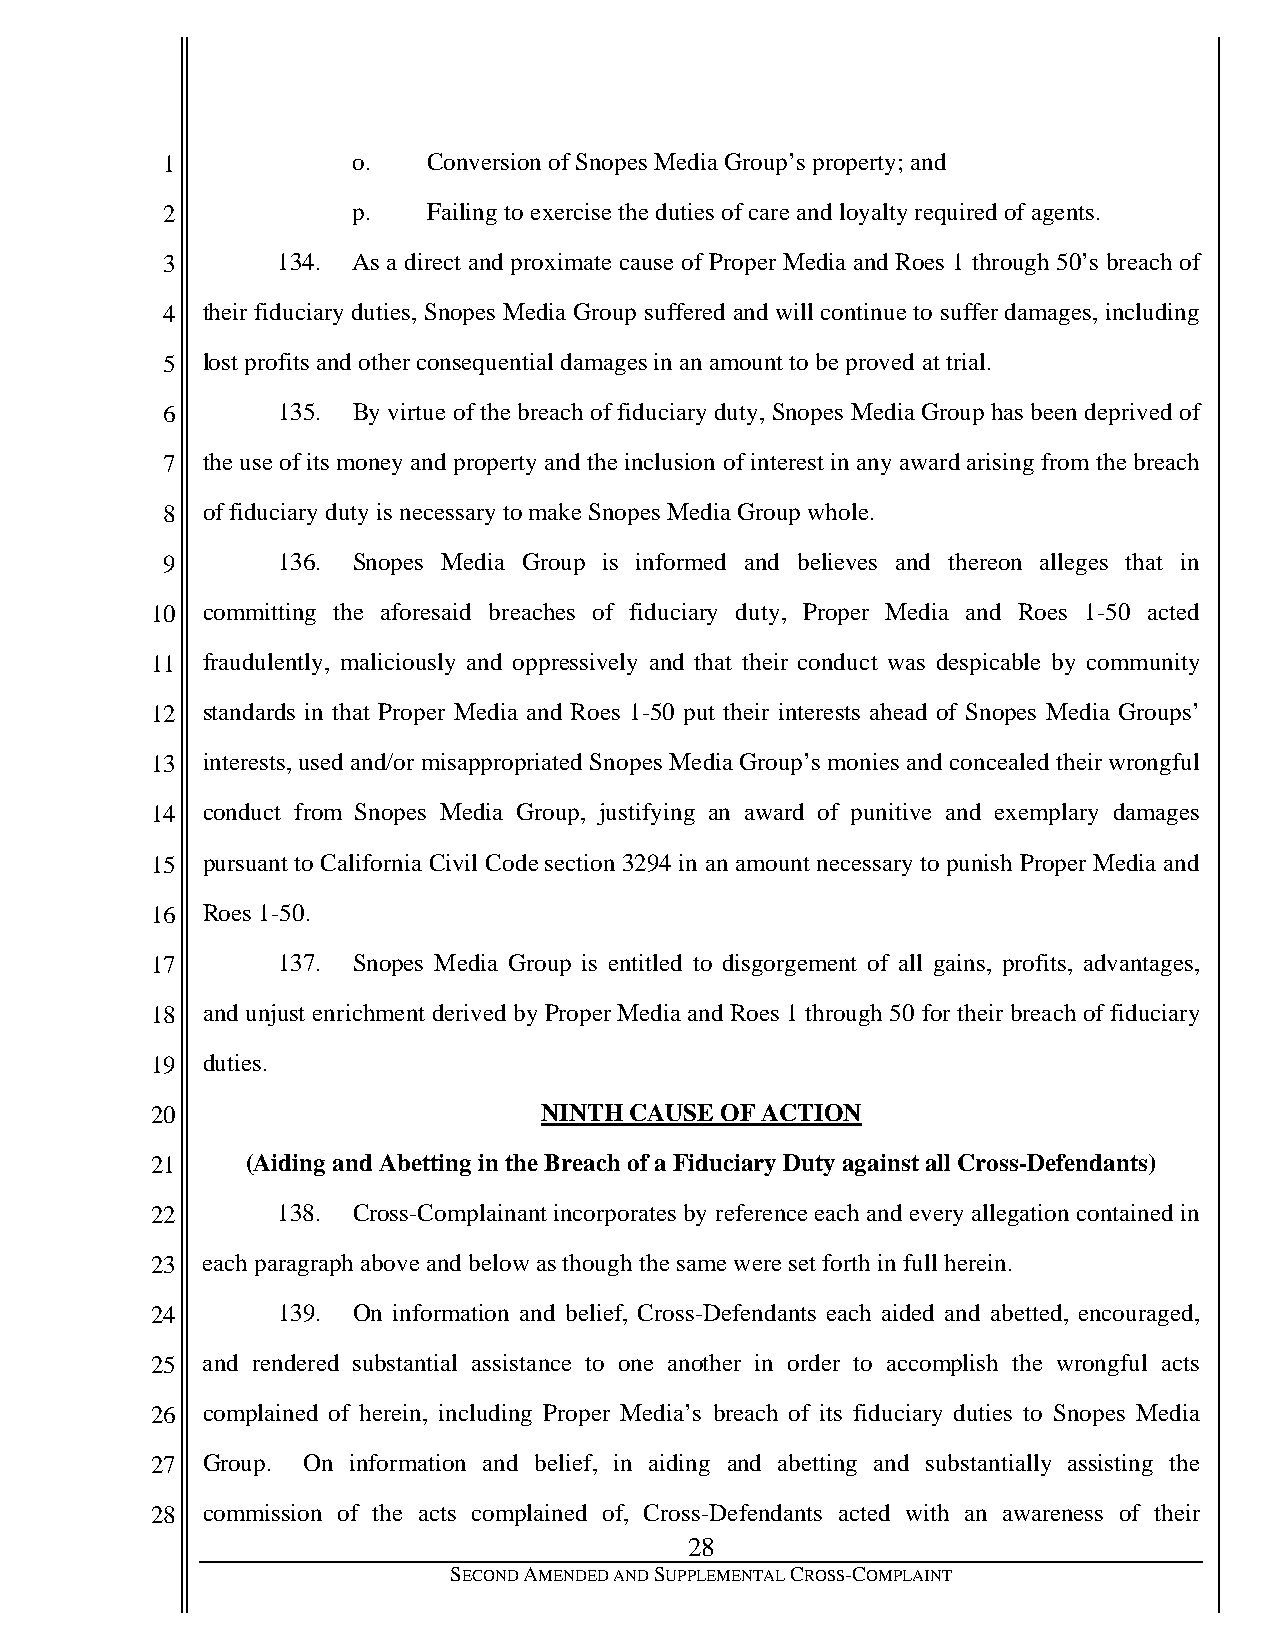
1           o.   Conversion of Snopes Media Group’s property; and
 2           p.   Failing to exercise the duties of care and loyalty required of agents.
 3      134. As a direct and proximate cause of Proper Media and Roes 1 through 50’s breach of
 4 their fiduciary duties, Snopes Media Group suffered and will continue to suffer damages, including
 5 lost profits and other consequential damages in an amount to be proved at trial.
 6      135. By virtue of the breach of fiduciary duty, Snopes Media Group has been deprived of
 7 the use of its money and property and the inclusion of interest in any award arising from the breach
 8 of fiduciary duty is necessary to make Snopes Media Group whole.
 9      136. Snopes Media Group is informed and believes and thereon alleges that in
 10 committing the aforesaid breaches of fiduciary duty, Proper Media and Roes 1-50 acted
 11 fraudulently, maliciously and oppressively and that their conduct was despicable by community
 12 standards in that Proper Media and Roes 1-50 put their interests ahead of Snopes Media Groups’
 13 interests, used and/or misappropriated Snopes Media Group’s monies and concealed their wrongful
 14 conduct from Snopes Media Group, justifying an award of punitive and exemplary damages
 15 pursuant to California Civil Code section 3294 in an amount necessary to punish Proper Media and
 16 Roes 1-50.
 17      137. Snopes Media Group is entitled to disgorgement of all gains, profits, advantages,
 18 and unjust enrichment derived by Proper Media and Roes 1 through 50 for their breach of fiduciary
 19 duties.
 20                        NINTH CAUSE OF ACTION
 21    (Aiding and Abetting in the Breach of a Fiduciary Duty against all Cross-Defendants)
 22      138. Cross-Complainant incorporates by reference each and every allegation contained in
 23 each paragraph above and below as though the same were set forth in full herein.
 24      139. On information and belief, Cross-Defendants each aided and abetted, encouraged,
 25 and rendered substantial assistance to one another in order to accomplish the wrongful acts
 26 complained of herein, including Proper Media’s breach of its fiduciary duties to Snopes Media
 27 Group. On information and belief, in aiding and abetting and substantially assisting the
 28 commission of the acts complained of, Cross-Defendants acted with an awareness of their
 28
 SECOND AMENDED AND SUPPLEMENTAL CROSS-COMPLAINT